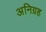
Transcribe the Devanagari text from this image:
अनिग्रह